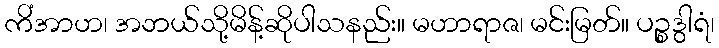
ကိံအာဟ၊ အဘယ်သို့မိန့်ဆိုပါသနည်း။ မဟာရာဇ၊ မင်းမြတ်။ ပဉ္စဒွါရံ၊